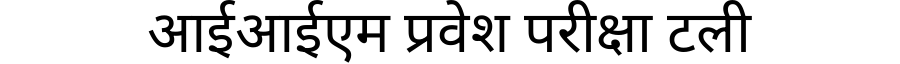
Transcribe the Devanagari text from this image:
आईआईएम प्रवेश परीक्षा टली